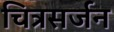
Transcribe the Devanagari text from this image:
चित्रसर्जन